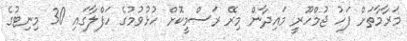
މަރާމާތަށް ފަހު ޖުމްހޫރީ މައިދާން މިރޭ ރަސްމީކޮށް ހުޅުވުމުގެ ހަފްލާގައި 30 މިނިޓުގެ